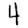
Digit: 4